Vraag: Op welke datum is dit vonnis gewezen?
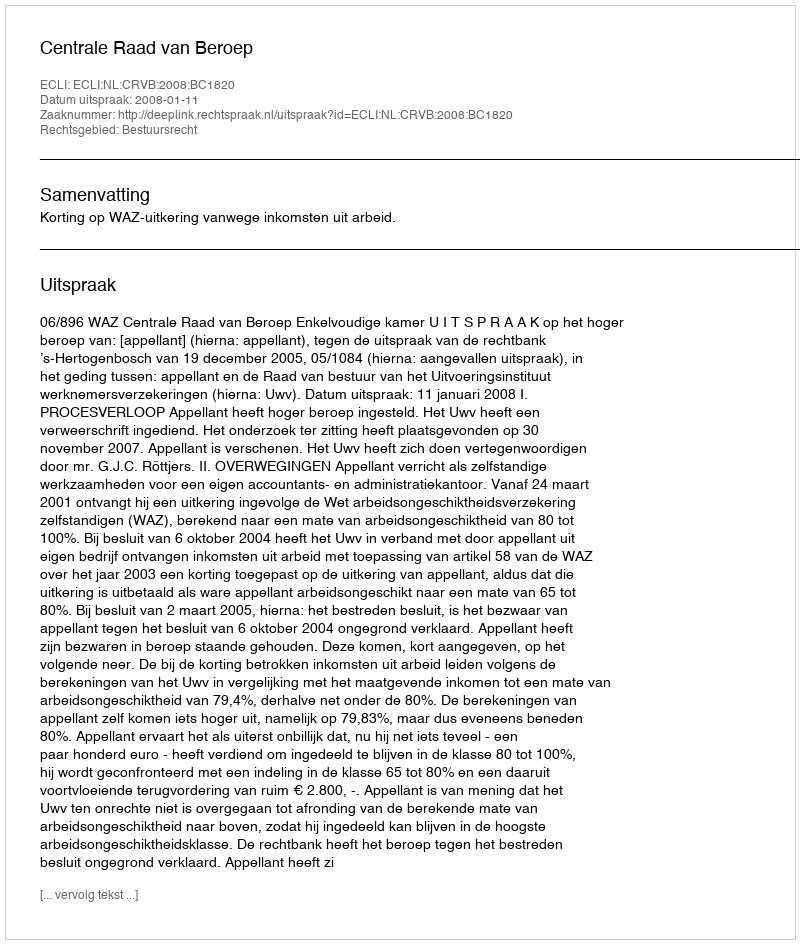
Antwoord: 2008-01-11